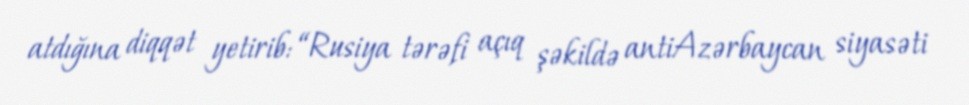
atdığına diqqət yetirib: “Rusiya tərəfi açıq şəkildə antiAzərbaycan siyasəti